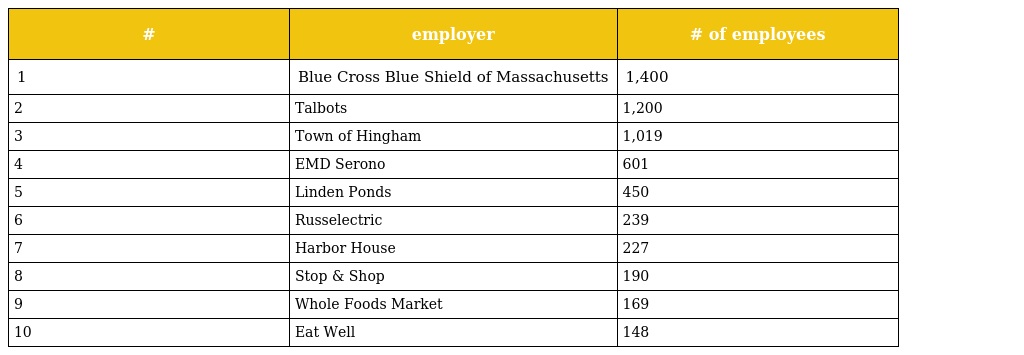
| # | employer | # of employees |
 | --- | --- | --- |
 | 1 | Blue Cross Blue Shield of Massachusetts | 1,400 |
 | 2 | Talbots | 1,200 |
 | 3 | Town of Hingham | 1,019 |
 | 4 | EMD Serono | 601 |
 | 5 | Linden Ponds | 450 |
 | 6 | Russelectric | 239 |
 | 7 | Harbor House | 227 |
 | 8 | Stop & Shop | 190 |
 | 9 | Whole Foods Market | 169 |
 | 10 | Eat Well | 148 |